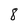
Character: 8